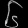
Digit: ၆